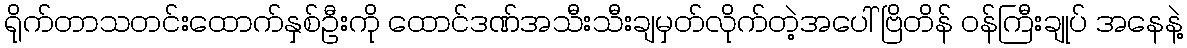
ရိုက်တာသတင်းထောက်နှစ်ဦးကို ထောင်ဒဏ်အသီးသီးချမှတ်လိုက်တဲ့အပေါ် ဗြိတိန် ဝန်ကြီးချုပ် အနေနဲ့